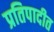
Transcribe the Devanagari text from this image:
प्रतिपादीत